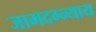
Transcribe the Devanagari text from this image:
जामदग्न्याय